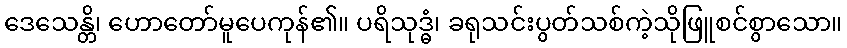
ဒေသေန္တိ၊ ဟောတော်မူပေကုန်၏။ ပရိသုဒ္ဓံ၊ ခရုသင်းပွတ်သစ်ကဲ့သိုဖြူစင်စွာသော။